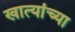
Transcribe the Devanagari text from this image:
खात्यांच्या